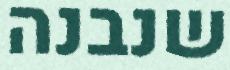
שנבנה